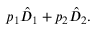
p _ { 1 } \hat { D } _ { 1 } + p _ { 2 } \hat { D } _ { 2 } .